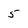
Character: 5